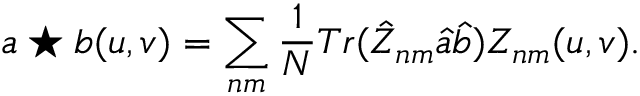
a \star b ( u , v ) = \sum _ { n m } \frac { 1 } { N } T r ( \hat { Z } _ { n m } \hat { a } \hat { b } ) Z _ { n m } ( u , v ) .